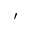
'